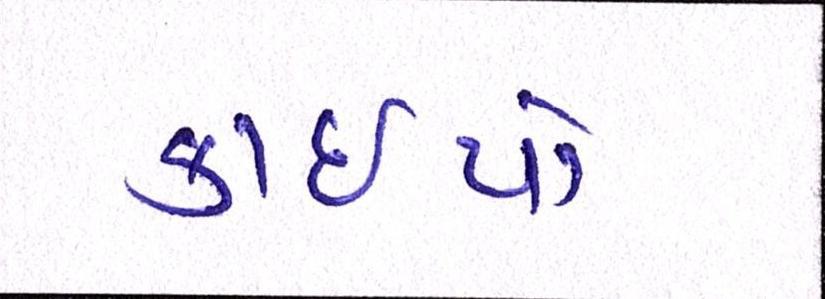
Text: કાઇપો